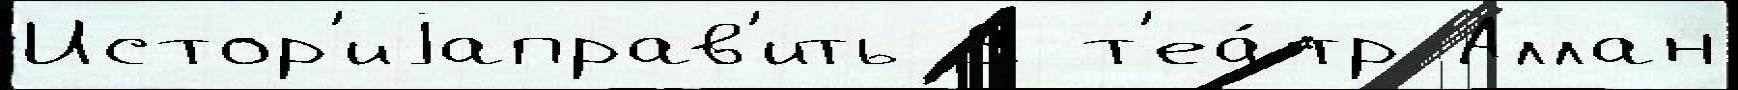
Истор'иjаправ'ить 9 т'еа́тр Аллан